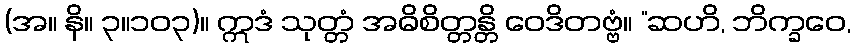
(အ။ နိ။ ၃။၁၀၃)။ ဣဒံ သုတ္တံ အဓိစိတ္တန္တိ ဝေဒိတဗ္ဗံ။ “ဆဟိ, ဘိက္ခဝေ,